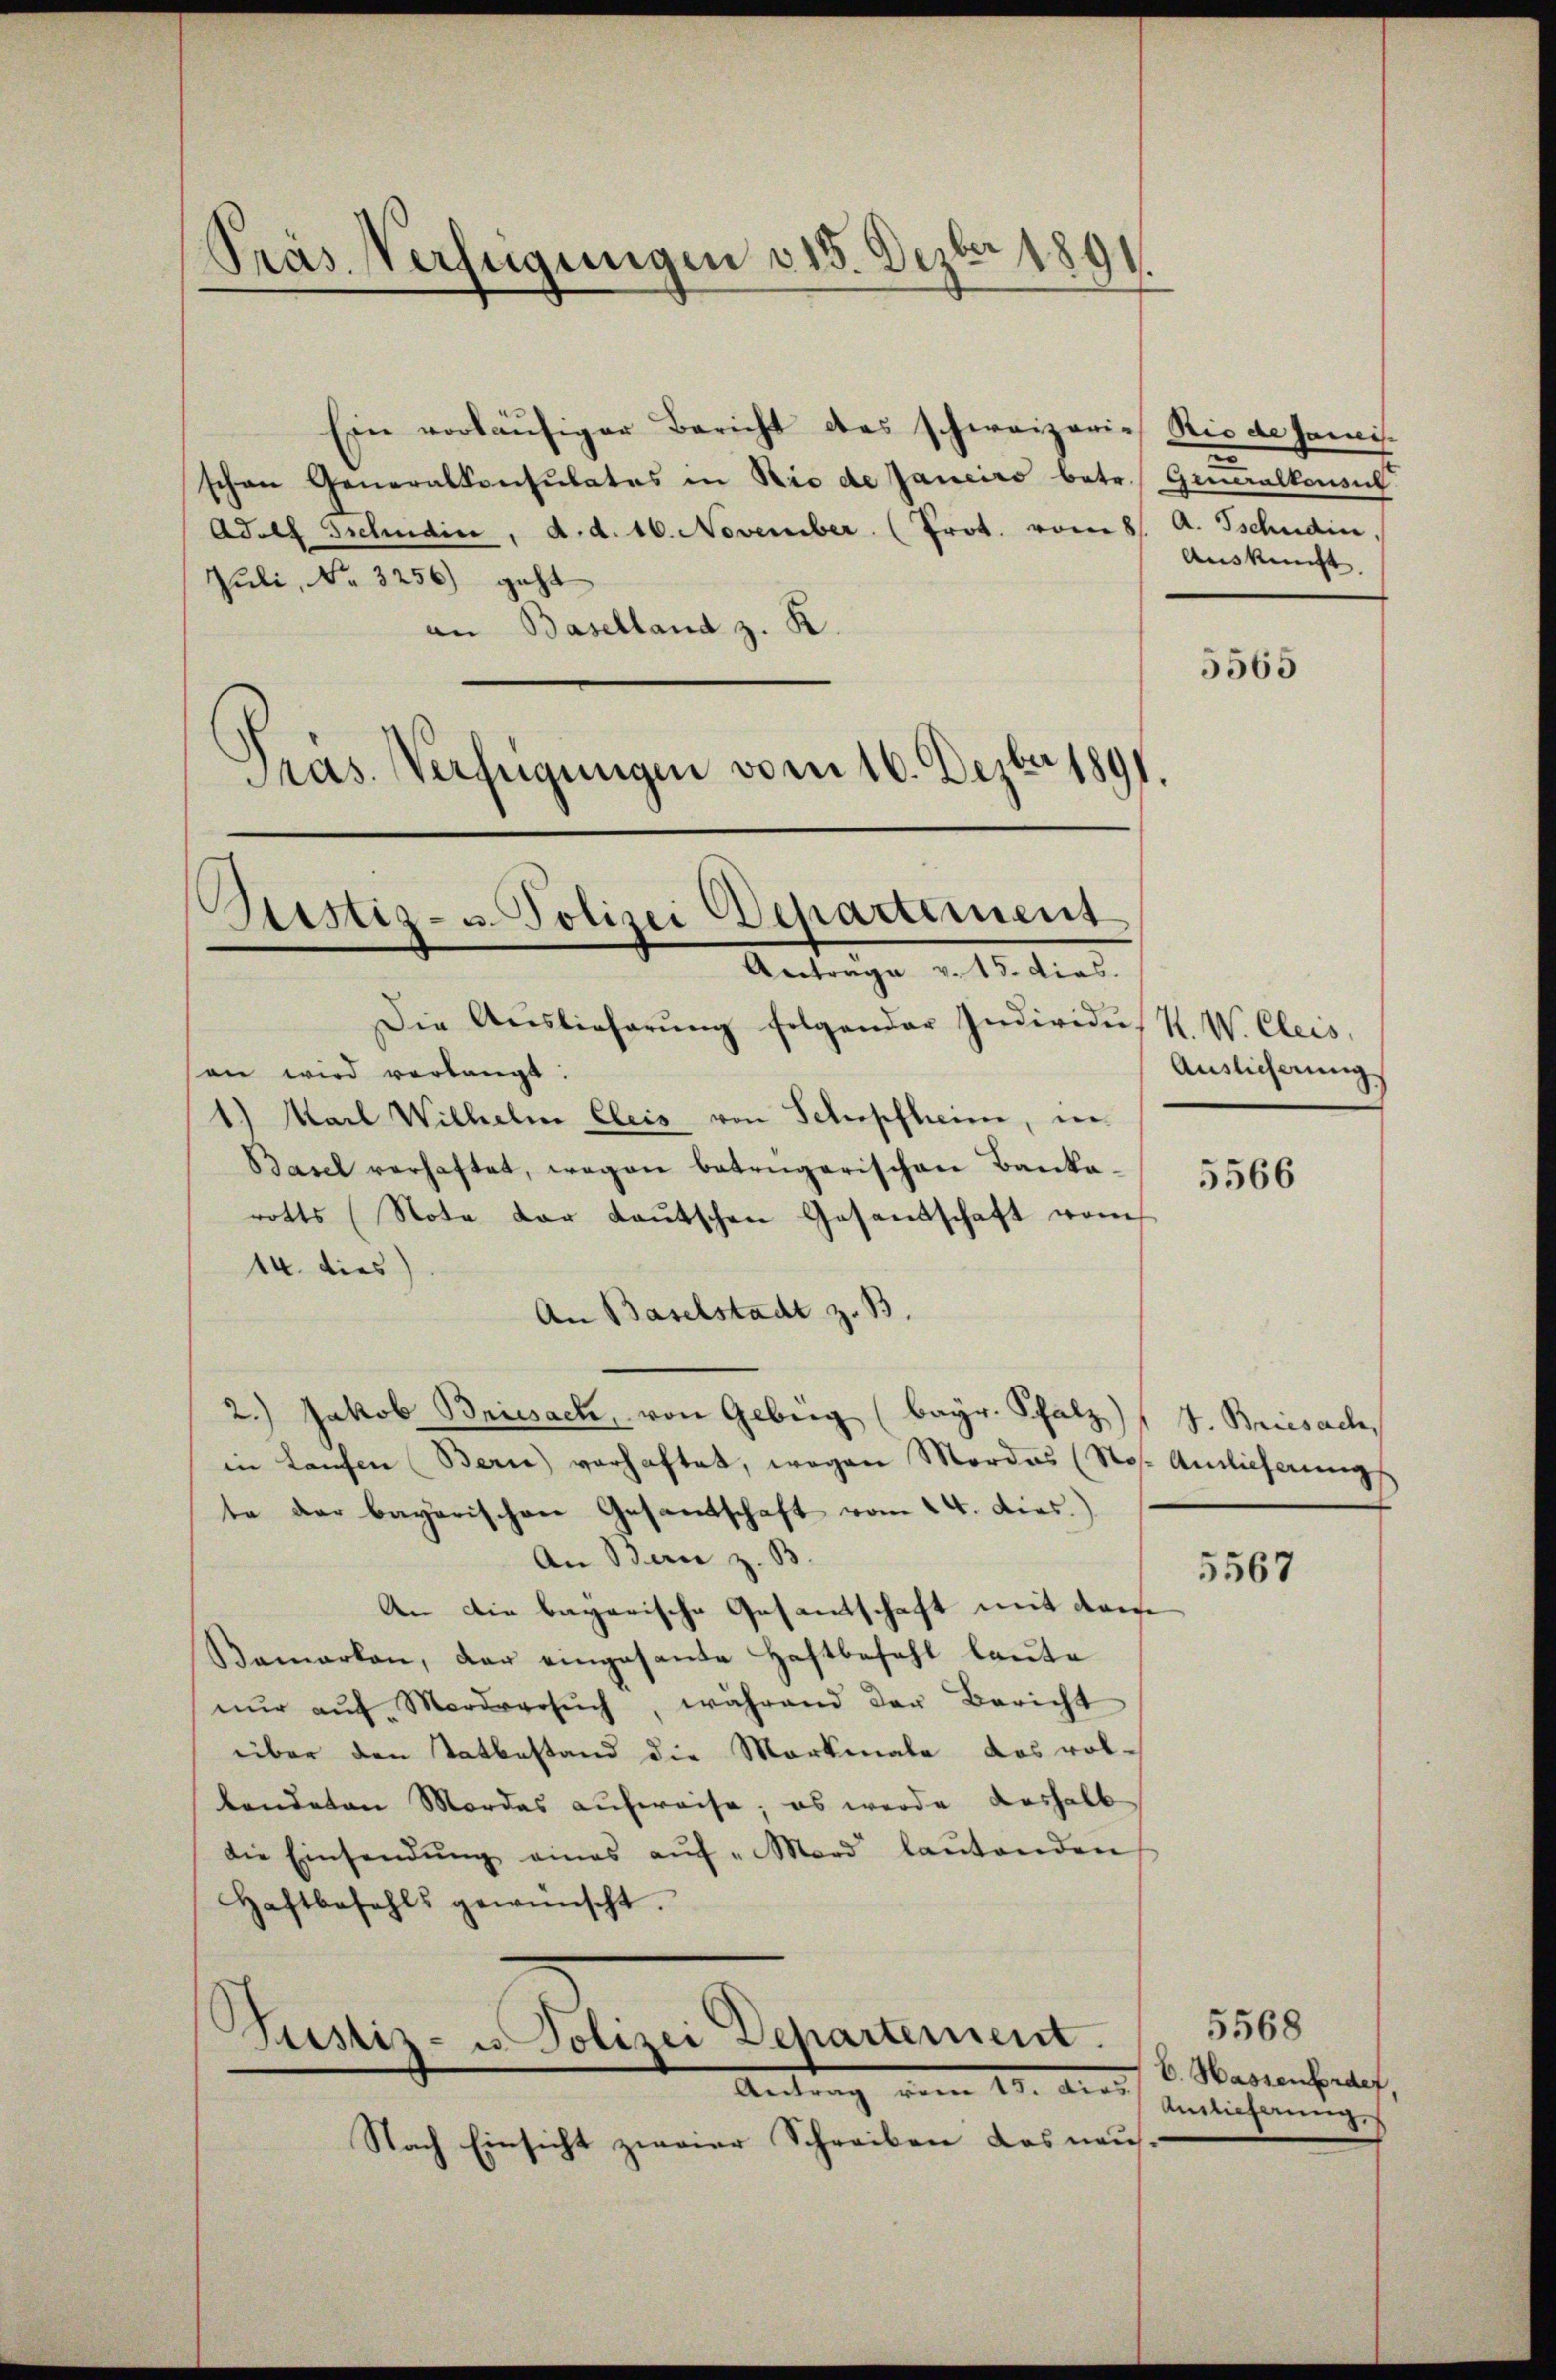
Präs. Verfügungen 315. Dezbr 1891

Ein vorläufiger Bericht des schweizeris Rio de samis
schen Generalkonsulates in Rio de Janeiro betr. Generalkonsul
Adolf Schudin, d. d. 16. November (Prot. vom 8. A. Tschudin
Juli, No. 3256) geht
an Baselland z. K.
Pras. Verfügungen vom 16. Dezbr 1891.

Ristiz- u. Polizei Departement
Antrage v. 15. dies.

Die Auslieferŭng folgender Individus R. W. Clers,
son wird verlangt.
) Marl Wilhelm Cleis von Schopfheim, in
Basel verhaftet, wegen betrügerischen Bankarotts (Note der Lautschen Gesandschaft vom
14. dies
An Baselstadt z. B.
2.) Jakob Briesack, von Gebung (bayr. Schatz) J. Briesach
in Laŭfen (Berne) verhaftet, wegen Mordes (Ros. Auslieferung
te der bagarischen Gesandschaft vom 24. dies.)
An Bern z. B.
An die bayerische Gesantschaft mit dem
Bamarken, der eingesante Haftbefehl laŭte
nŭr aŭf Mordversŭch, während der Bericht
über den Tatbestand die Markmale das vol-
lendeten Mordes aufweise; es werde deshalb
die Einsendŭng eines aŭf "Mord laŭtenden
Haftbefehls gewünscht.
Justiz- u. Polizei Departement.
Antrag vom 21. Auf
Nach Einsicht zweier Schreiben das neu

u
Auskunft.

5565

Auslicherung

5566

5567

5568
E. Hassenforder,
Auslieferung.